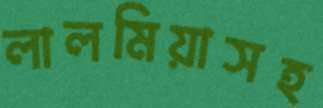
লালমিয়াসহ